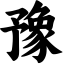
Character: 豫